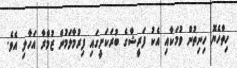
ހިތްހެޔޮ ހިނިތުން ވުމަކާއި އެކު ފަރީޝާގެ ބުރަކަށީގައި ފިރުމާލަމުން ޒުމްރާ އަހާލި އެވެ.